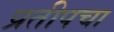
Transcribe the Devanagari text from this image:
प्रतीपचा